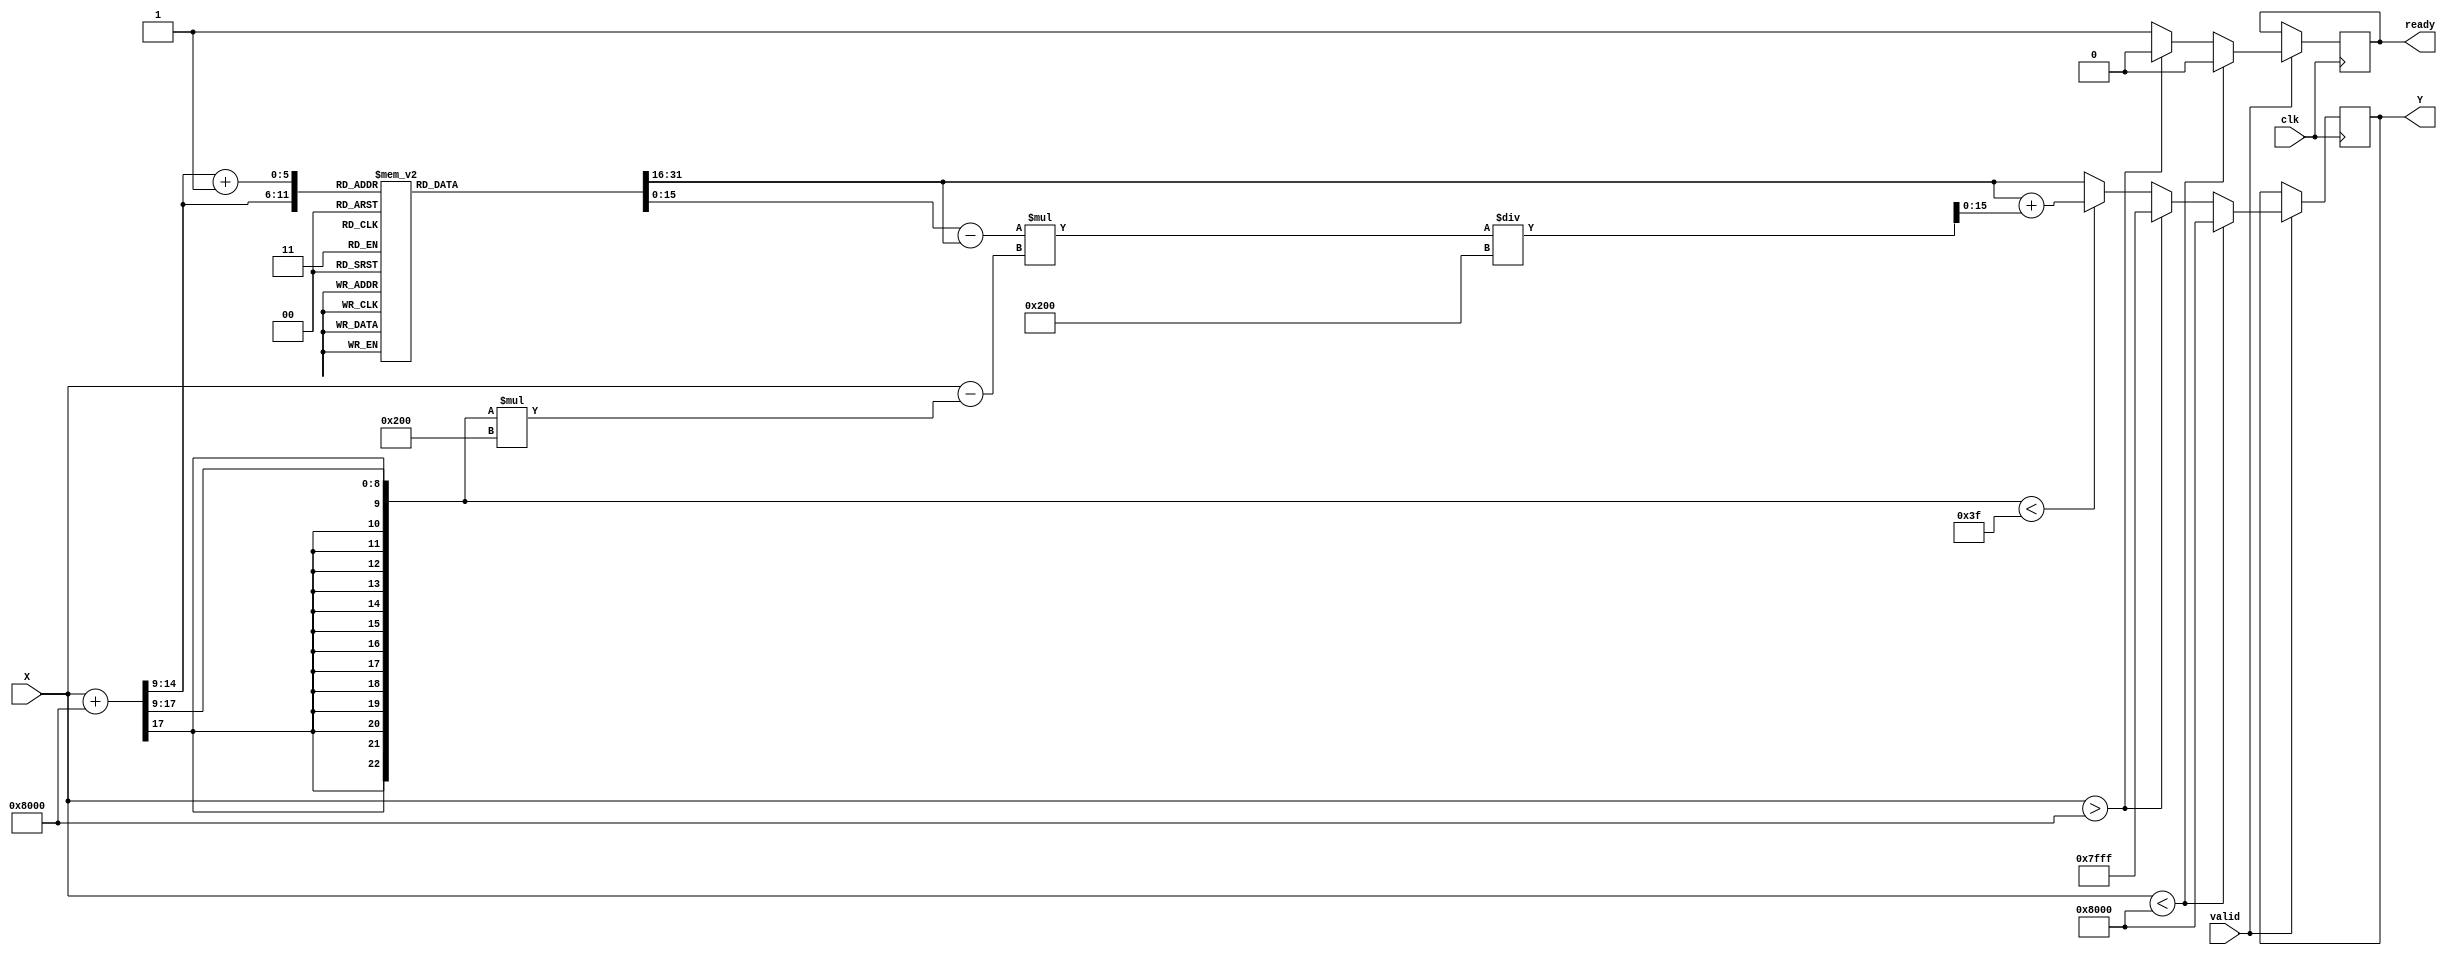
module atan_block (
    input signed [15:0] X,       // Input data (signed fixed point)
    output reg signed [15:0] Y,   // Output data (signed fixed point)
    input clk,
    input valid,                  // Valid signal for input data
    output reg ready              // Ready signal for output data
);
    // LUT Parameters
    parameter LUT_SIZE = 64;     // Number of entries in LUT
    parameter LUT_INDEX_WIDTH = 6; // Width for LUT indexing
    parameter LUT_DATA_WIDTH = 16; // Width for LUT data
    
    // Arc tan lookup table (LUT)
    reg signed [LUT_DATA_WIDTH-1:0] atan_lut [0:LUT_SIZE-1];

    // Initialize the lookup table with atan values
    initial begin
        // Populate the LUT with atan values
        atan_lut[0] = 0;            // atan(0) = 0
        atan_lut[1] = 16384;        // atan(0.5) in Q15
        atan_lut[2] = 32768;        // atan(1) in Q15
        atan_lut[3] = 40960;        // atan(1.5) in Q15
        // Add more values to the LUT as needed...
        // Example values for demonstration (you need to fill in more)
        // Note: These values should represent atan in a fixed-point format
    end

    // Scaling factor for normalized LUT access
    integer scale_factor = 32768; // scale factor to convert float to fixed point
    integer lut_index;
    reg signed [LUT_DATA_WIDTH-1:0] lut_value_1, lut_value_2; // LUT values for interpolation
    reg [LUT_DATA_WIDTH-1:0] output_value; // Interpolated output value

    always @(posedge clk) begin
        if (valid) begin
            ready <= 0; // Initially not ready

            // Normalize the input value and compute LUT index
            if (X < -scale_factor) begin
                Y <= -32768; // Minimum output
            end else if (X > scale_factor) begin
                Y <= 32767; // Maximum output
            end else begin
                // Scale the input to get index
                lut_index = (X + scale_factor) >> (15 - LUT_INDEX_WIDTH); // Map X range to LUT indices
                
                // Access LUT values
                lut_value_1 = atan_lut[lut_index];
                
                // Check bounds for interpolation
                if (lut_index < LUT_SIZE - 1) begin
                    lut_value_2 = atan_lut[lut_index + 1];
                    // Linear interpolation
                    output_value = lut_value_1 + ((lut_value_2 - lut_value_1) * (X - (lut_index * (scale_factor / LUT_SIZE))) / (scale_factor / LUT_SIZE));
                end else begin
                    output_value = lut_value_1; // If at upper bound, just take lut_value_1
                end
                
                // Assign output and indicate readiness
                Y <= output_value;
                ready <= 1;
            end
        end
    end
endmodule